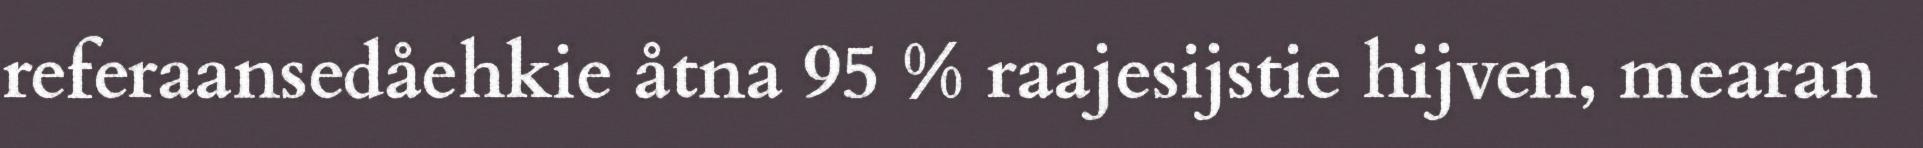
referaansedåehkie åtna 95 % raajesijstie hijven, mearan